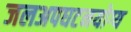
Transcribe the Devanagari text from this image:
जलअपघटनयोग्य